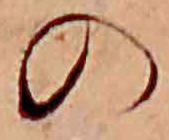
の